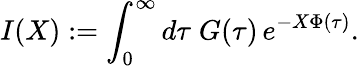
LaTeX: I(X):=\int_{0}^{\infty}d\tau\; G(\tau)\, e^{-X\Phi(\tau)}.